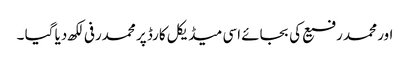
اور محمد رفیع کی بجائے اسی میڈیکل کارڈ پر محمدرفی لکھ دیا گیا ۔